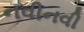
નવીનવી